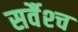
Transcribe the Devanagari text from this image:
सर्वैश्‍च